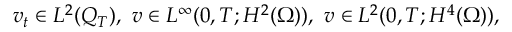
v _ { t } \in L ^ { 2 } ( Q _ { T } ) , \ v \in L ^ { \infty } ( 0 , T ; H ^ { 2 } ( \Omega ) ) , \ v \in L ^ { 2 } ( 0 , T ; H ^ { 4 } ( \Omega ) ) ,